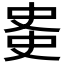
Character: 𫪊